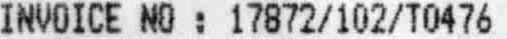
INVOICE NO : 17872/102/T0476